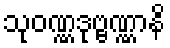
သုဝဏ္ဏဒုဗ္ဗဏ္ဏာနိ